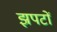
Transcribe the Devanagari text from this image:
झपटों